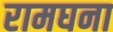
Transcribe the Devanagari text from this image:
रामघना